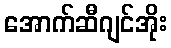
အောက်ဆီဂျင်အိုး